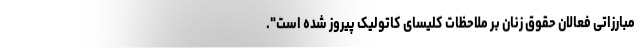
مبارزاتی فعالان حقوق زنان بر ملاحظات کلیسای کاتولیک پیروز شده‌ است".